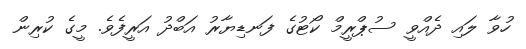
ހުވާ ލައި ދެއްވީ ސުޕްރީމް ކޯޓުގެ ފަނޑިޔާރު އަބްދު އަރީފެވެ. މީގެ ކުރިން